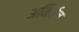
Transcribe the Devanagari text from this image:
अनिर्बन